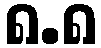
၈.၈